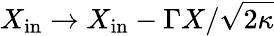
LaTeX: X_{\mathrm{in}}\rightarrow X_{\mathrm{in}}-\Gamma X/\sqrt{2\kappa}